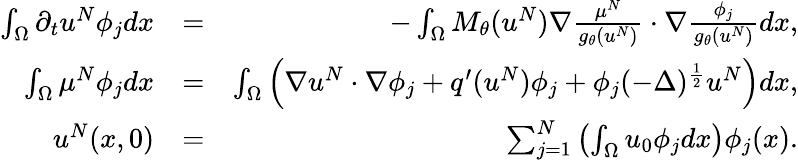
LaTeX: \begin{array}{rlr}{\int_{\Omega}\partial_{t}u^{N}\phi_{j}dx}&{=}&{-\int_{\Omega}M_{\theta}(u^{N})\nabla\frac{\mu^{N}}{g_{\theta}(u^{N})}\cdot\nabla\frac{\phi_{j}}{g_{\theta}(u^{N})}dx,}\\ {\int_{\Omega}\mu^{N}\phi_{j}dx}&{=}&{\int_{\Omega}\left(\nabla u^{N}\cdot\nabla\phi_{j}+q^{\prime}(u^{N})\phi_{j}+\phi_{j}(-\Delta)^{\frac{1}{2}}u^{N}\right)dx,}\\ {u^{N}(x,0)}&{=}&{\sum_{j=1}^{N}\left(\int_{\Omega}u_{0}\phi_{j}dx\right)\phi_{j}(x).}\end{array}